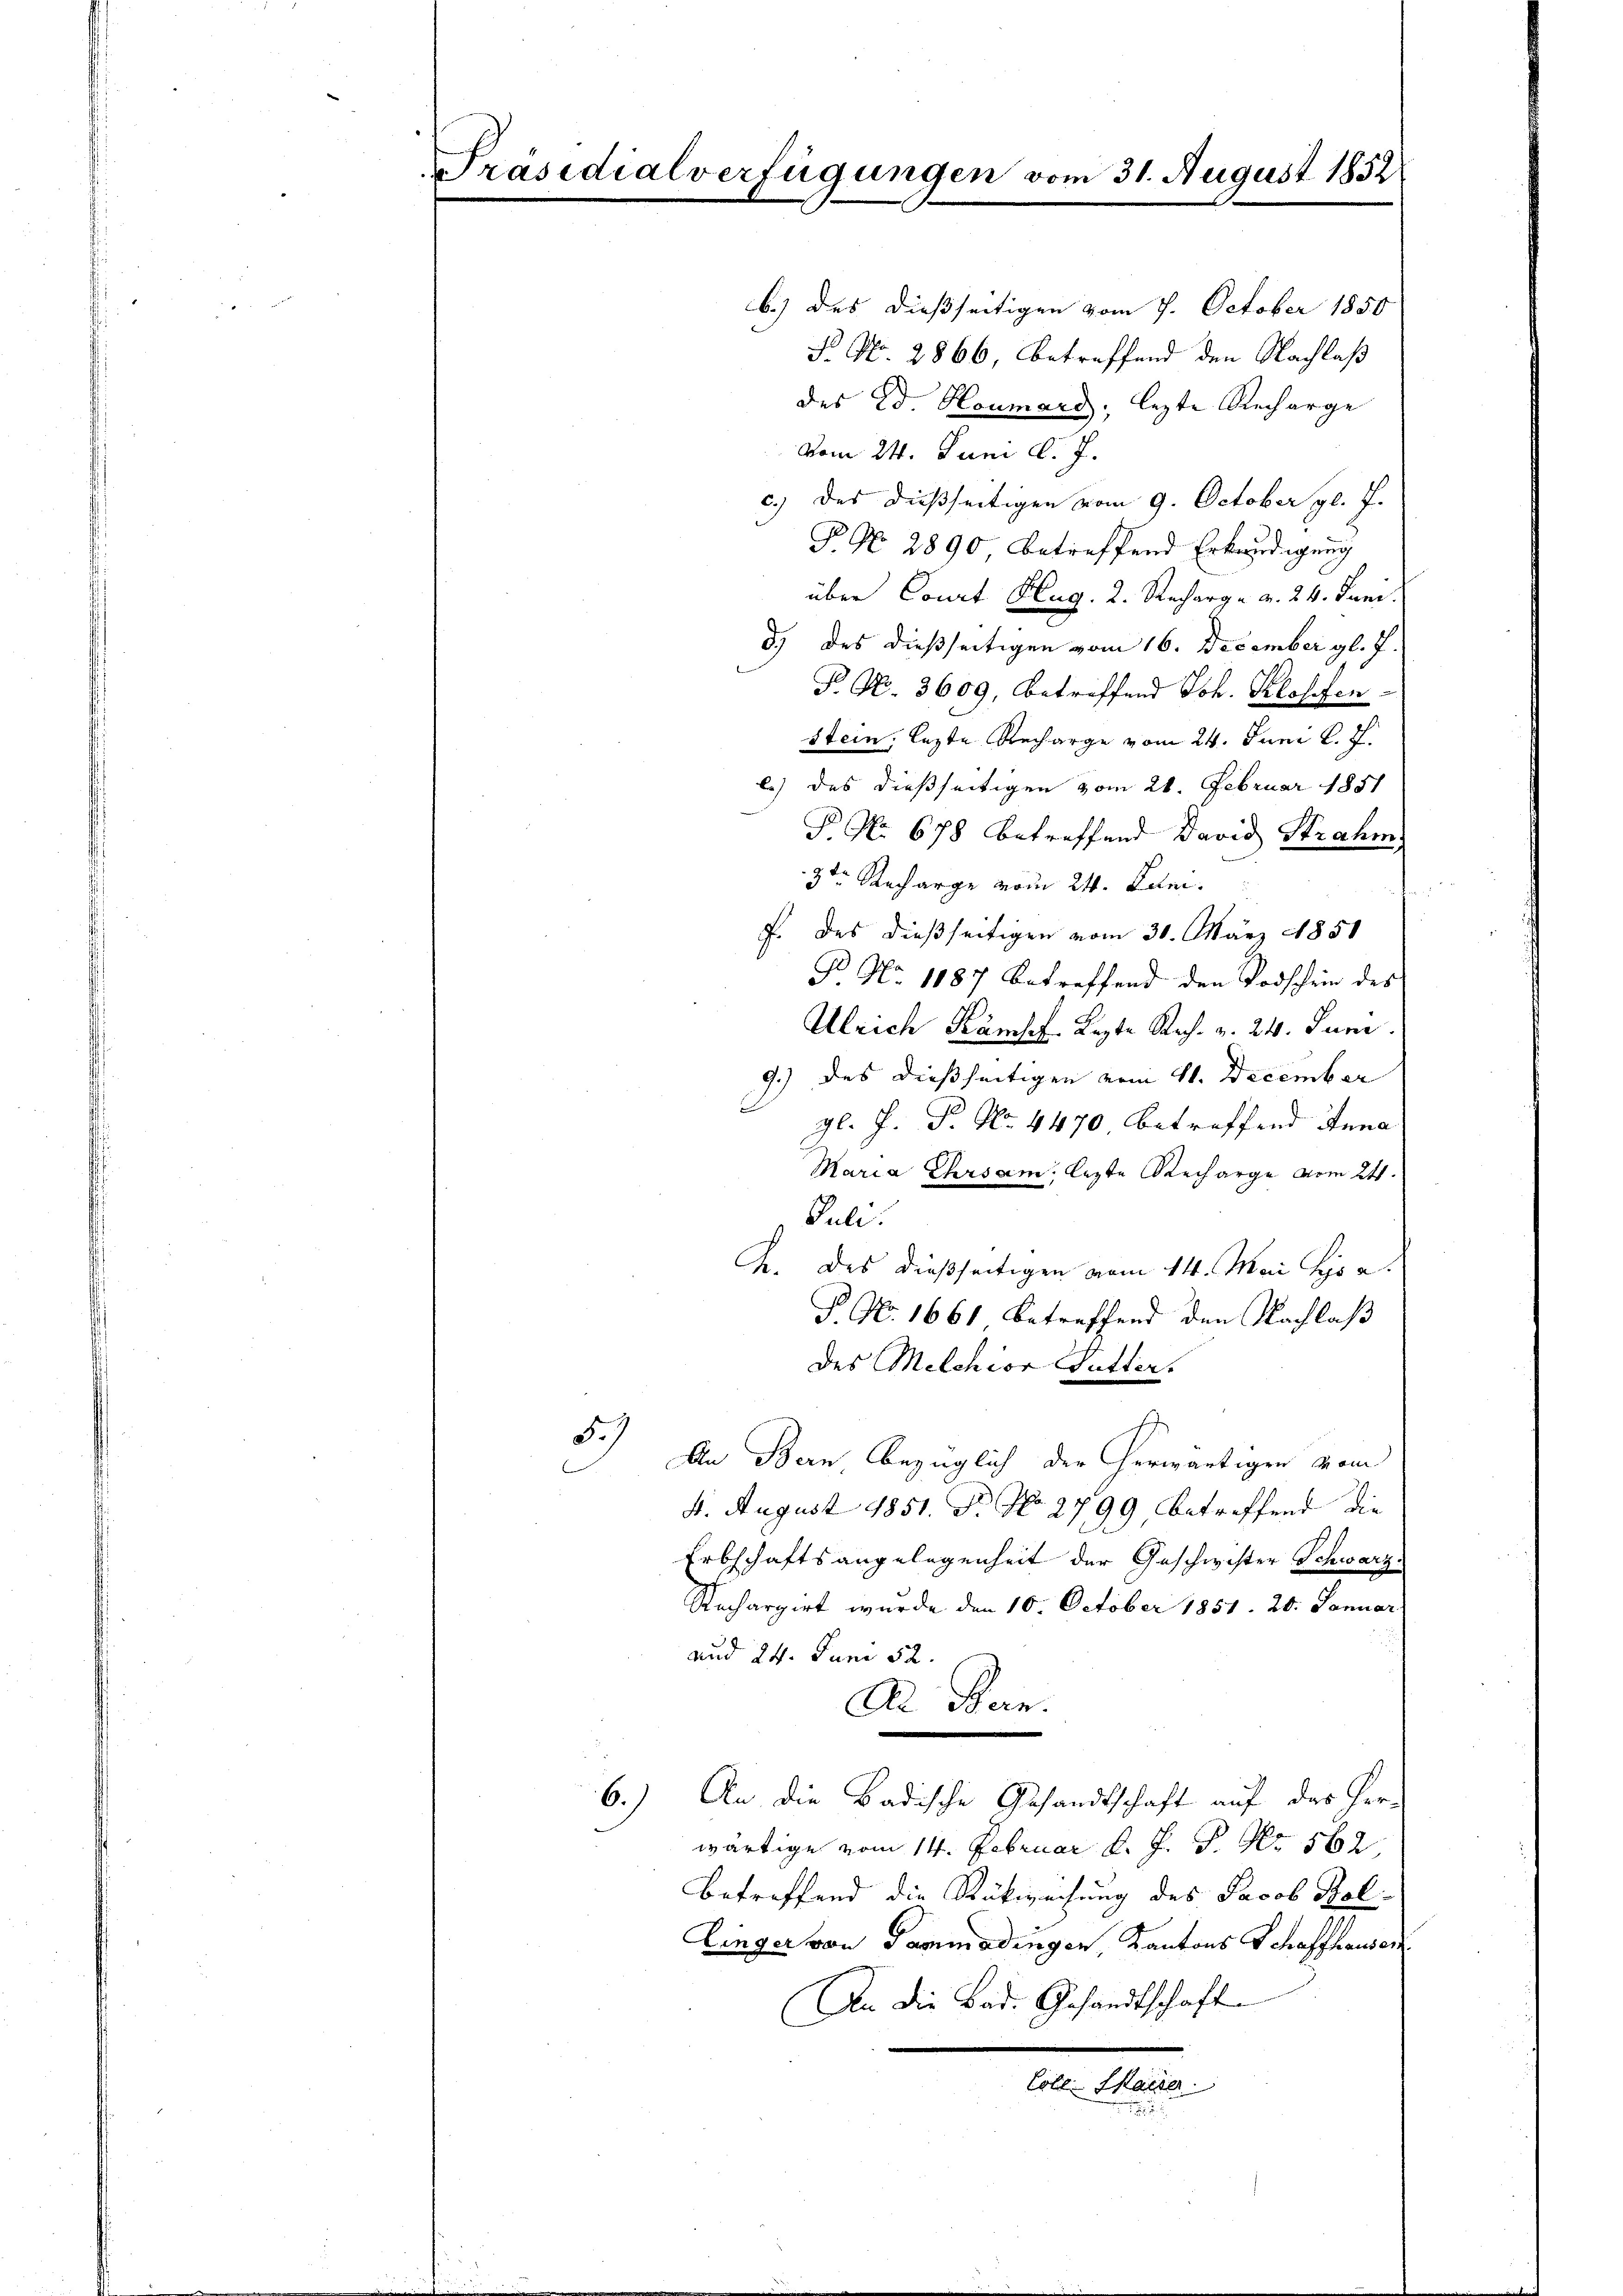
Präsidialverfügungen von

b.) des dießseitigen vom 7. October 1850
F. No. 2866 betreffend den Nachlaß
des Ed. Heumard, lezte Recharge
vom 24. Juni d. J.
c.) des dießseitigen vom 9. October gl. J.
P. Nr. 2890 betreffend Erkundigung
über Court Hlug. 2. Recharge d. 24. Juni.
d.) des dießseitigen vom 16. December gl. J.
P. Nr. 3609, betreffend Joh. Klosten.
stein, lezte Recharge vom 24. Juni l. J.
l) des dießseitigen vom 21. Februar 1851
P. No 678 betreffend David Strahm
3ten Recharge vom 24. Juni.
f. des dießseitigen vom 30. März 1851
No No 1187 betreffend den Todschein des
Ulrich Kämpf. Lezte Rech. v. 24. Juni
9.) des dießseitigen vom 11. December
gl. J. P. Nr. 4470 betreffend Anna
Maria Ehrsam, lezte Recharge vom 24.
Juli.
G. des dießseitigen vom 14. Mai Hrn.
P No. 1661 betreffend den Nachlaß
des Milchior Mutter,
3
An Bern bezüglich der herwärtigen vom
4. August 1851. N. No. 2799 betreffend die
Erbschaftsangelegenheit der Geschwister Schwarz¬
Anchargirt wurde den 10. October 1851. 20. Januar
und 24. Juni 52.
Al Bern.
6.) An die Badische Gesandtschaft auf das Herwärtige vom 14. Februar d. J. P. Nr. 562.
betreffend die Rückweichung des Jacob Kol
Einger von Sammadingen Kantons Schaffhausen.
An die Bad. Gesandtschafte
Lobl. Marier
a

n 31. August 1852.